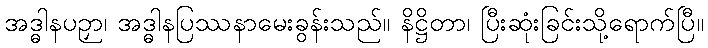
အဒ္ဓါနပဉှာ၊ အဒ္ဓါနပြဿနာမေးခွန်းသည်။ နိဋ္ဌိတာ၊ ပြီးဆုံးခြင်းသို့ရောက်ပြီ။